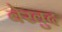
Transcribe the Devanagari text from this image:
बेखुद